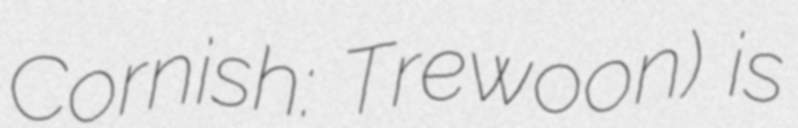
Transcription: Cornish: Trewoon) is